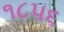
૧૮૫૬